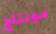
مونتاج